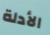
الأدلة